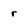
Character: r